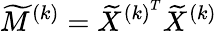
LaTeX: \widetilde{M}^{(k)}=\widetilde{X}^{{(k)}^{T}}\widetilde{X}^{(k)}